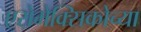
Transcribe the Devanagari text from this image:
एरोमेक्सिकोच्या